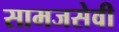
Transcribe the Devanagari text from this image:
सामजसेवी